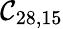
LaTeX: \mathcal{C}_{28,15}